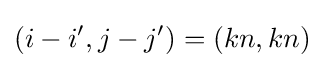
(i-i',j-j')=(kn,kn)